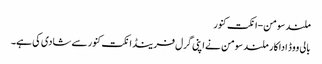
ملند سومن-انکت کنور
بالی ووڈ اداکار ملند سومن نے اپنی گرل فرینڈ انکت کنور سے شادی کی ہے۔